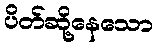
ပိတ်ဆို့နေသော